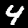
Digit: 4